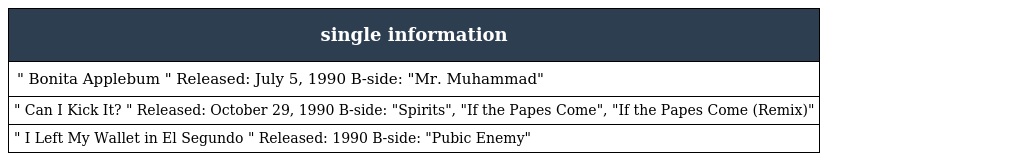
| single information |
 | --- |
 | " Bonita Applebum " Released: July 5, 1990 B-side: "Mr. Muhammad" |
 | " Can I Kick It? " Released: October 29, 1990 B-side: "Spirits", "If the Papes Come", "If the Papes Come (Remix)" |
 | " I Left My Wallet in El Segundo " Released: 1990 B-side: "Pubic Enemy" |